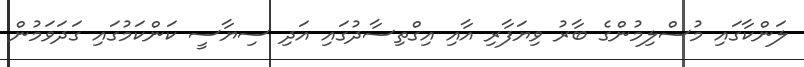
ލަންކާގައި މުސްލިމުންގެ ބާރު ވިޔަފާރި އާއި އިގްތިސާދުގައި އަދި ސިޔާސީ ކަންކަމުގައި ގަދަވަމުން